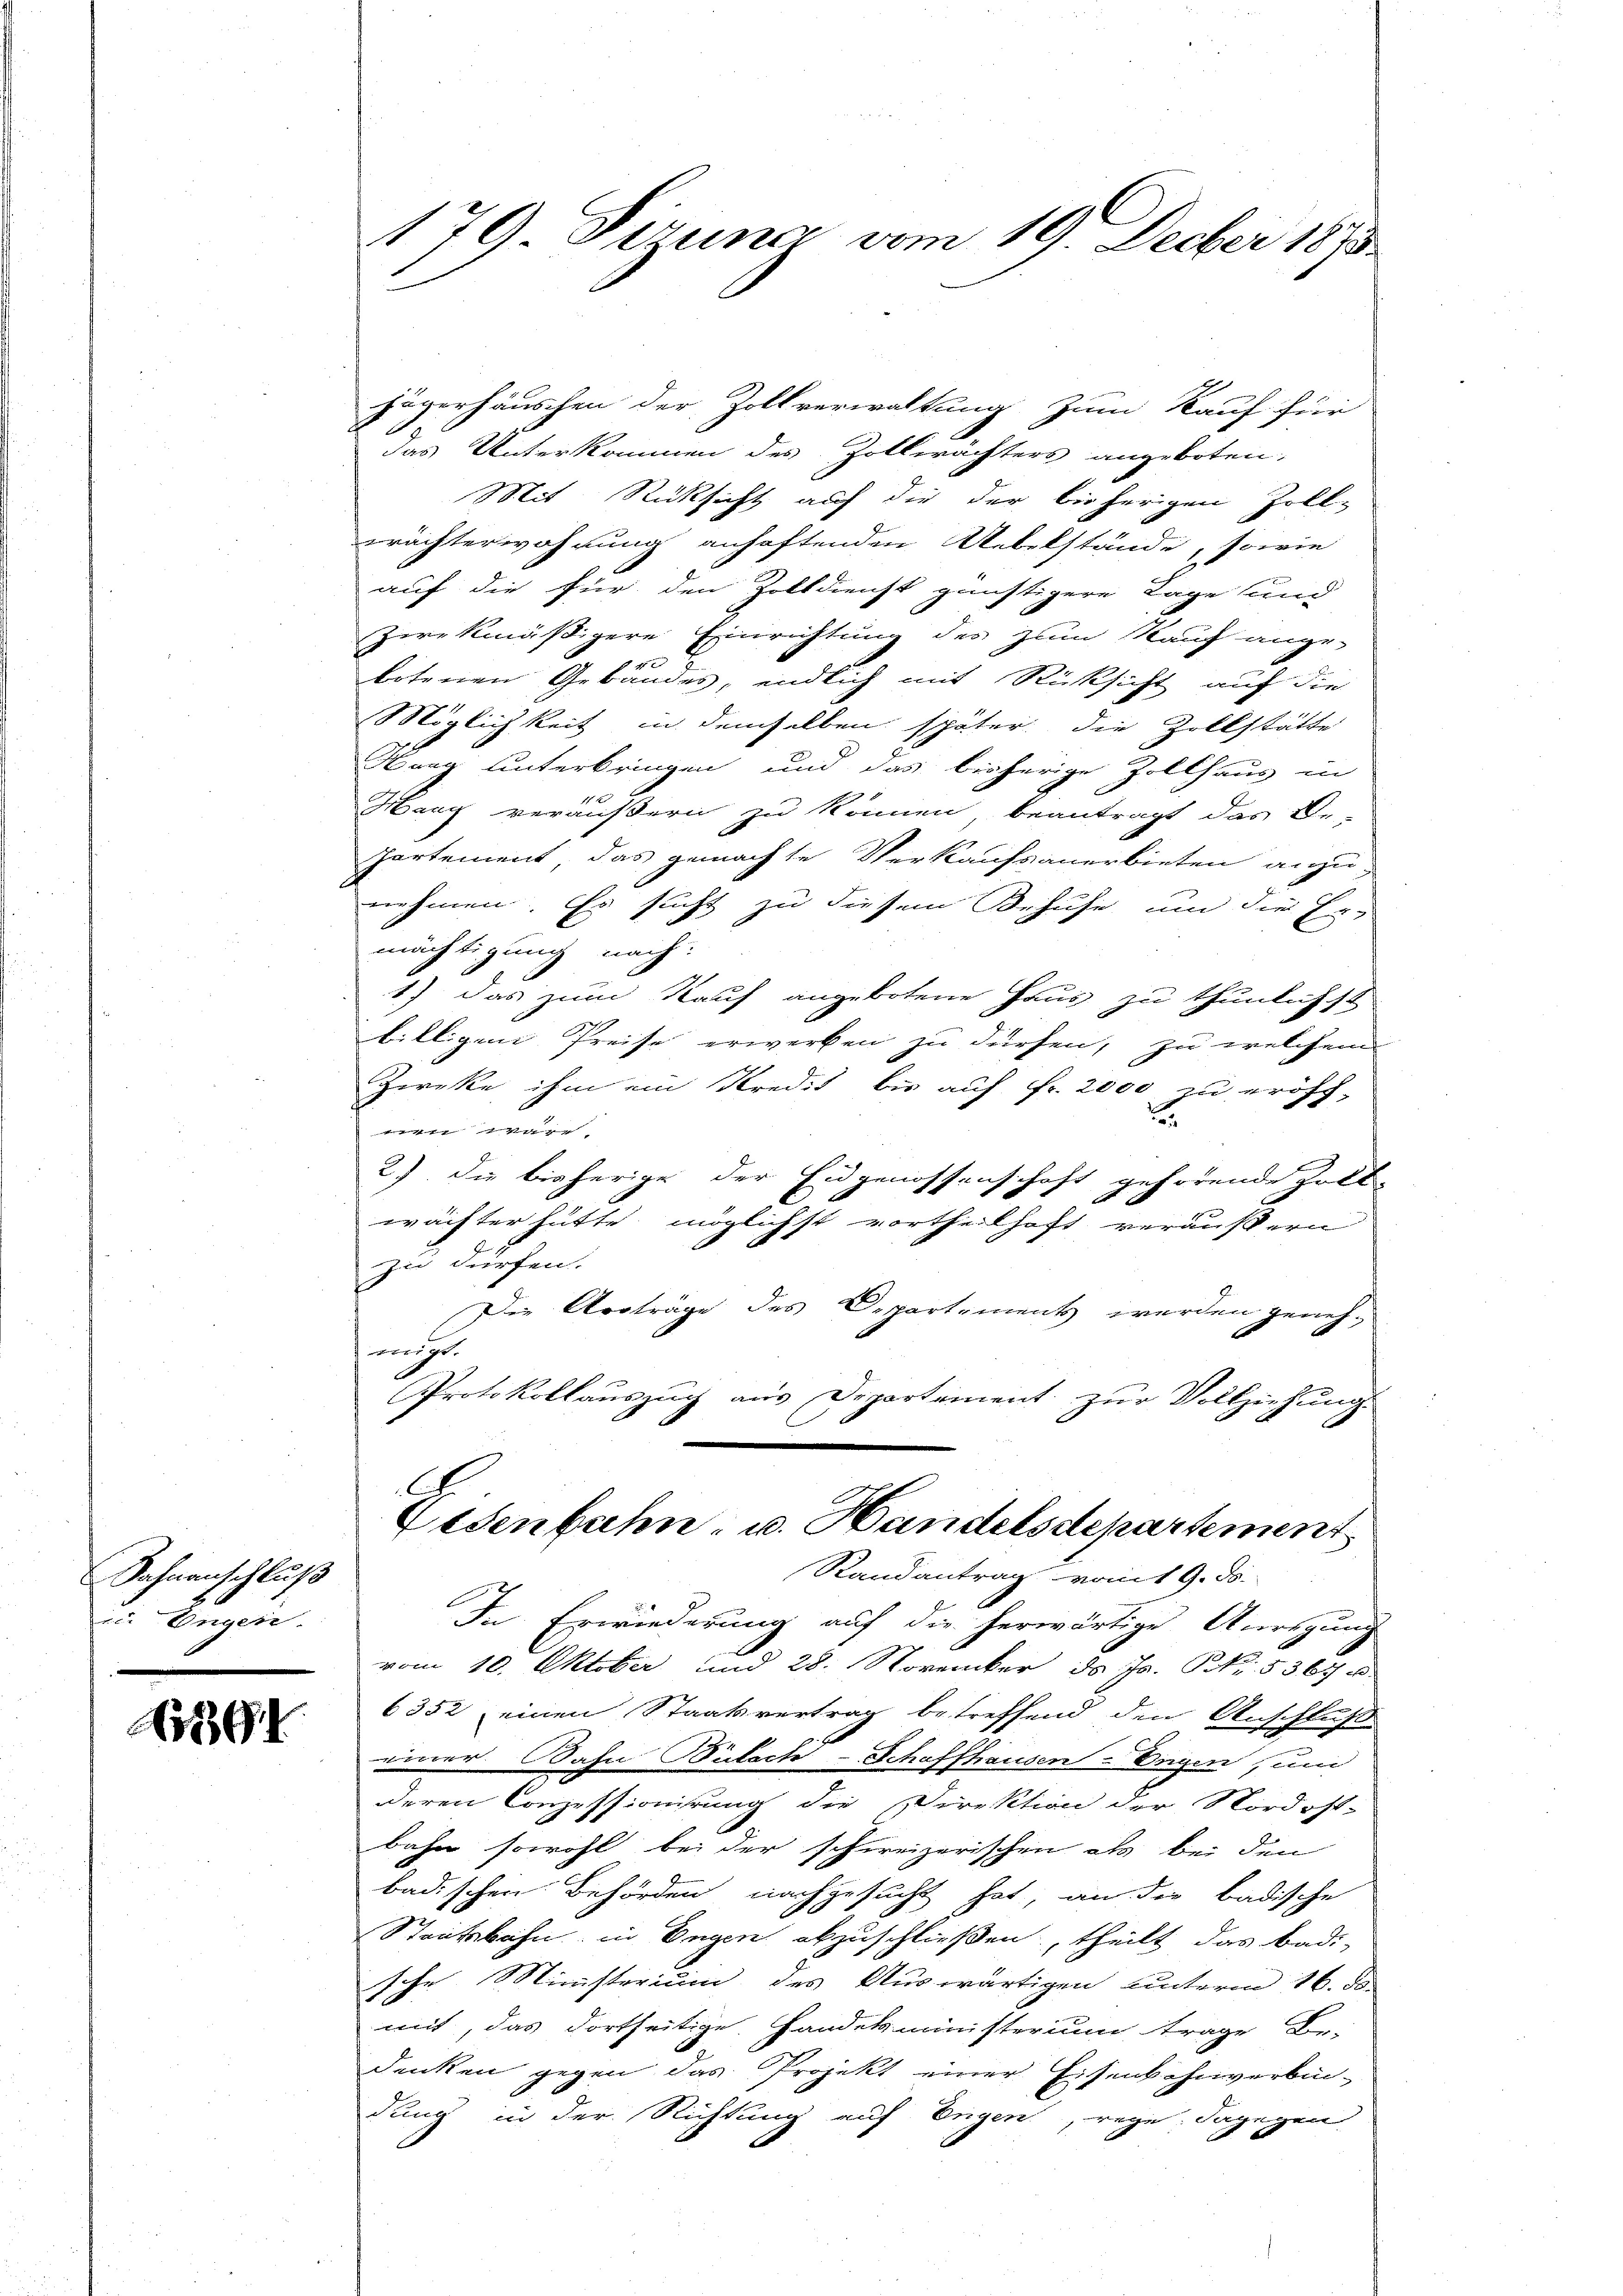
Sahnenschluß
zn Engen.

15191

179. Piruna vom 19. Decber 1873.
2

jägerhäuschen der Zollverwaltung zum Kauf für
das Unterkommen des Zollerächters angeboten,
Mit Rücksicht auf die der bisherigen Zoll-
rächterwahrung anhaftenden Uebelstände, sowie
auf die für den Zolldienst günstigere Lage und
zwekmäßigere Einrichtung des zum Kauf ange-
4
botenen Gebäudes, endlich mit Rücksicht auf die
Möglichkeit in demselben später die Zollstätte
Hang unterbringen und das bisherige Zollhaus in
Harg veräußern zu können beantragt das Be-
Partement das gemachte Verkaufsanerbieten anzunehmen. Er sucht zu diesem Behufe um die Ermächtigung nach:
1) das zum Kauf angebotene Haus zu thunlich st
billigen Preise erwerken zu dürfen, zu welchem
Zweke ihm ein Kredit bis auf Fr. 2000 zu eröff-
.
are
2) Die bisherige der Eidgenossenschaft gehörende Zoll-
wächter hätte möglichst vortheilhaft veräußern
zu dürfen.
Die Arbträge des Departements werden geneh-
voigt.
Protokollauszug aus Departement zur Vollziehung.
Eisenbahn- u. Handelsdepartement
Randantrag vom 9. ds.
In Erwiederung auf die herwärtige Anregung
vom 10. Oktober und 28. November ds J. NNo. 536 u
6352 einen Staatsvertrag betreffend den Anschluß
einer Bahn Bülach-Schaffhausen-Engen und
deren Conzessionirung die Direktion der Nordost-
bahn sowohl bei der schweizerischen als bei den
badischen Behörden nachgesucht hat, an die badische
Staatsbahn in Engen abzuschließen, theilt das Badi-
sehr Ministerium des Auswärtigen unterm 16. ds
mit, das dortseitige Handelsministerium trage Be-
denken gegen das Projekt einer Eisenbahnverbin-
dung in der Richtung auf Engen, rege; dagegen